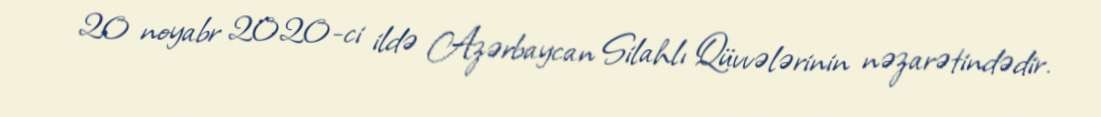
20 noyabr 2020-ci ildə Azərbaycan Silahlı Qüvvələrinin nəzarətindədir.